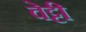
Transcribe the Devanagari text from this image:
वेट्टी